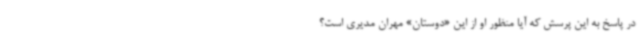
در پاسخ به این پرسش که آیا منظور او از این «دوستان» مهران مدیری است؟